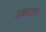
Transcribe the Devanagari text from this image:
अक्कालच